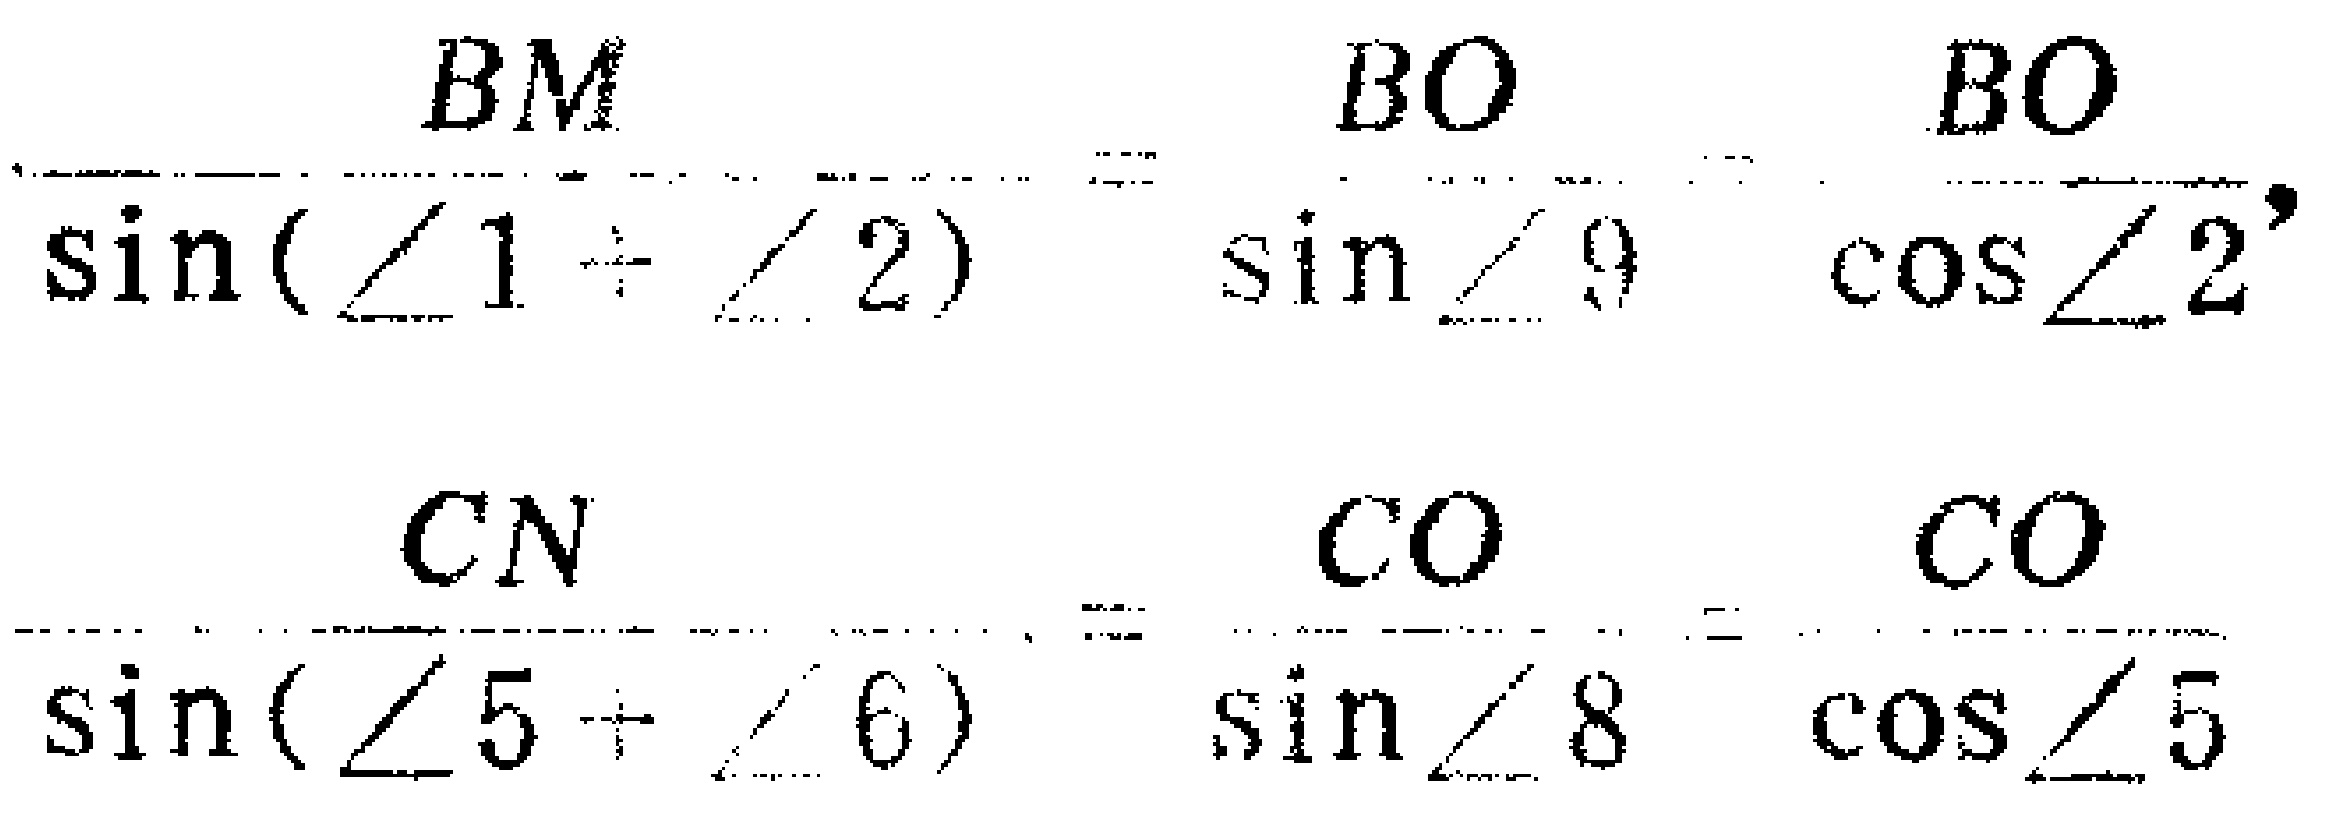
\[\frac{BM}{\sin(\angle1 + \angle2)}=\frac{BO}{\sin\angle9}=\frac{BO}{\cos\angle2},\]

\[\frac{CN}{\sin(\angle5 + \angle6)}=\frac{CO}{\sin\angle8}=\frac{CO}{\cos\angle5}\]